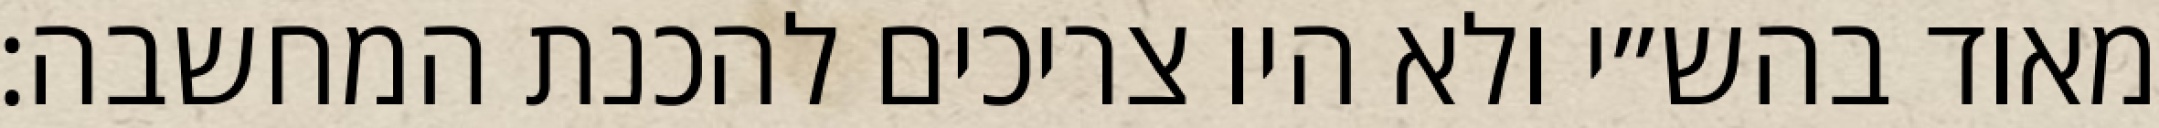
מאוד בהש״י ולא היו צריכים להכנת המחשבה: